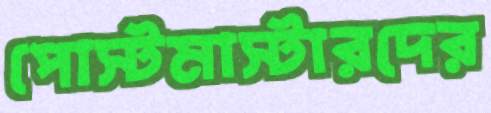
পোস্টমাস্টারদের